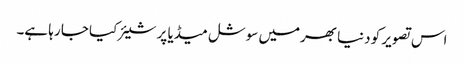
اس تصویر کو دنیا بھرمیں سوشل میڈیا پر شیئر کیا جا رہا ہے۔